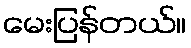
မေးပြန်တယ်။